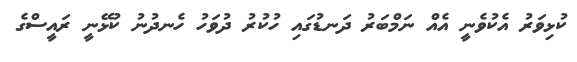
ކުޅިވަރު އެކުވެނީ އެއް ނަމްބަރު ދަނޑުގައި ހުކުރު ދުވަހު ހެނދުނު ކުޅޭނީ ރައީސްގެ